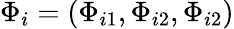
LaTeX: \Phi_{i}=(\Phi_{i1},\Phi_{i2},\Phi_{i2})